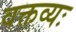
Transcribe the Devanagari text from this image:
वक्तव्यः